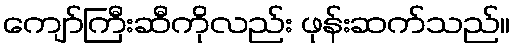
ကျော်ကြီးဆီကိုလည်း ဖုန်းဆက်သည်။